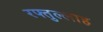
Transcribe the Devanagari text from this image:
रफ्तुल्लाह